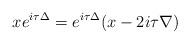
LaTeX: \begin{align*} x e^{i\tau \Delta } = e^{i \tau \Delta } (x-2i \tau \nabla )\end{align*}